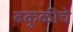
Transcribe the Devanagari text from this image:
बकुळीचे